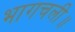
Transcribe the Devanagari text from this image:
भागचली॥